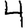
Digit: 4